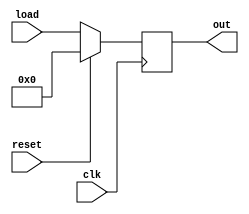
//Cahit Yusuf Ta - 1937465
//cyusuftas@gmail.com

module Simple_Reg_w_Reset #(parameter W=4)(clk, reset, load, out);

	//inputs
	input [W-1:0] load;
	input clk, reset;
	
	//output
	output reg [W-1:0] out;
	
	initial begin
		out <= 0;
	end
	
	always @ (posedge clk)
	begin
		//check reset
		if(reset == 1) begin
			out <= 0;
		end else begin
			out <= load;
		end
 	
	end
	
endmodule